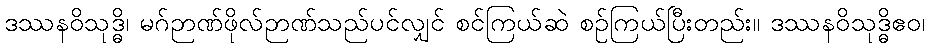
ဒဿနဝိသုဒ္ဓိ၊ မဂ်ဉာဏ်ဖိုလ်ဉာဏ်သည်ပင်လျှင် စင်ကြယ်ဆဲ စဉ်ကြယ်ပြီးတည်း။ ဒဿနဝိသုဒ္ဓိဧဝ၊